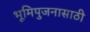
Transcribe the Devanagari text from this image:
भूमिपुजनासाठी